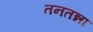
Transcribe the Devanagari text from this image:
तनतन्ना